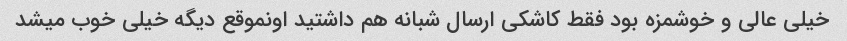
خیلی عالی و خوشمزه بود فقط کاشکی ارسال شبانه هم داشتید اونموقع دیگه خیلی خوب میشد